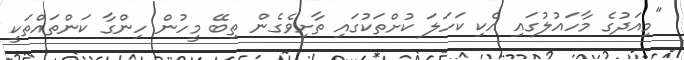
"މިއަދުގެ މާހައުލުގައި އެކި ކަހަލަ ކުށްތަކުގައި ތާށިވެގެން ތިބޭ މީހުން ހިންގާ ކަންތައްތަަކީ